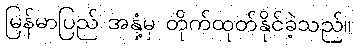
မြန်မာပြည် အနှံ့မှ တိုက်ထုတ်နိုင်ခဲ့သည်။